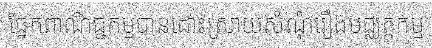
ផ្នែកពាណិជ្ជកម្មបានដោះស្រាយសំណុំរឿងមជ្ឈត្តកម្ម